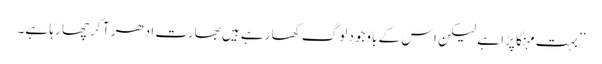
’’بہت مہنگا پڑا ہے لیکن اس کے باوجود لوگ کھا رہے ہیں بھارت ادھر آ کر چھا رہا ہے۔